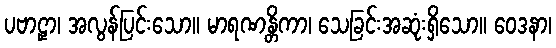
ပဗာဠှာ၊ အလွန်ပြင်းသော။ မာရဏန္တိကာ၊ သေခြင်းအဆုံးရှိသော။ ဝေဒနာ၊